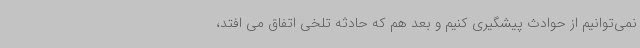
نمی‌توانیم از حوادث پیشگیری کنیم و بعد هم که حادثه تلخی اتفاق می افتد،